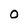
Character: 0